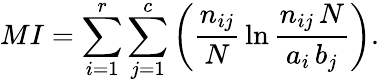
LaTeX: MI=\sum_{i=1}^{r}\sum_{j=1}^{c}\left(\frac{n_{ij}}{N}\, \ln\frac{n_{ij}\, N}{a_{i}\, b_{j}}\right).